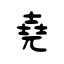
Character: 堯